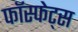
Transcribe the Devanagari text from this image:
फॉस्फेट्स